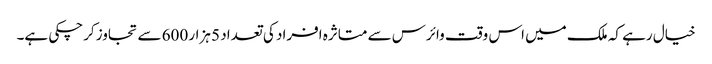
خیال رہے کہ ملک میں اس وقت وائرس سے متاثرہ افراد کی تعداد 5 ہزار 600 سے تجاوز کرچکی ہے۔